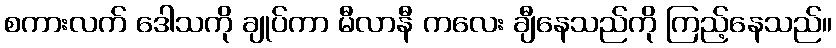
စကားလက် ဒေါသကို ချုပ်ကာ မီလာနီ ကလေး ချီနေသည်ကို ကြည့်နေသည်။